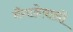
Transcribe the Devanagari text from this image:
मँगानेवालों